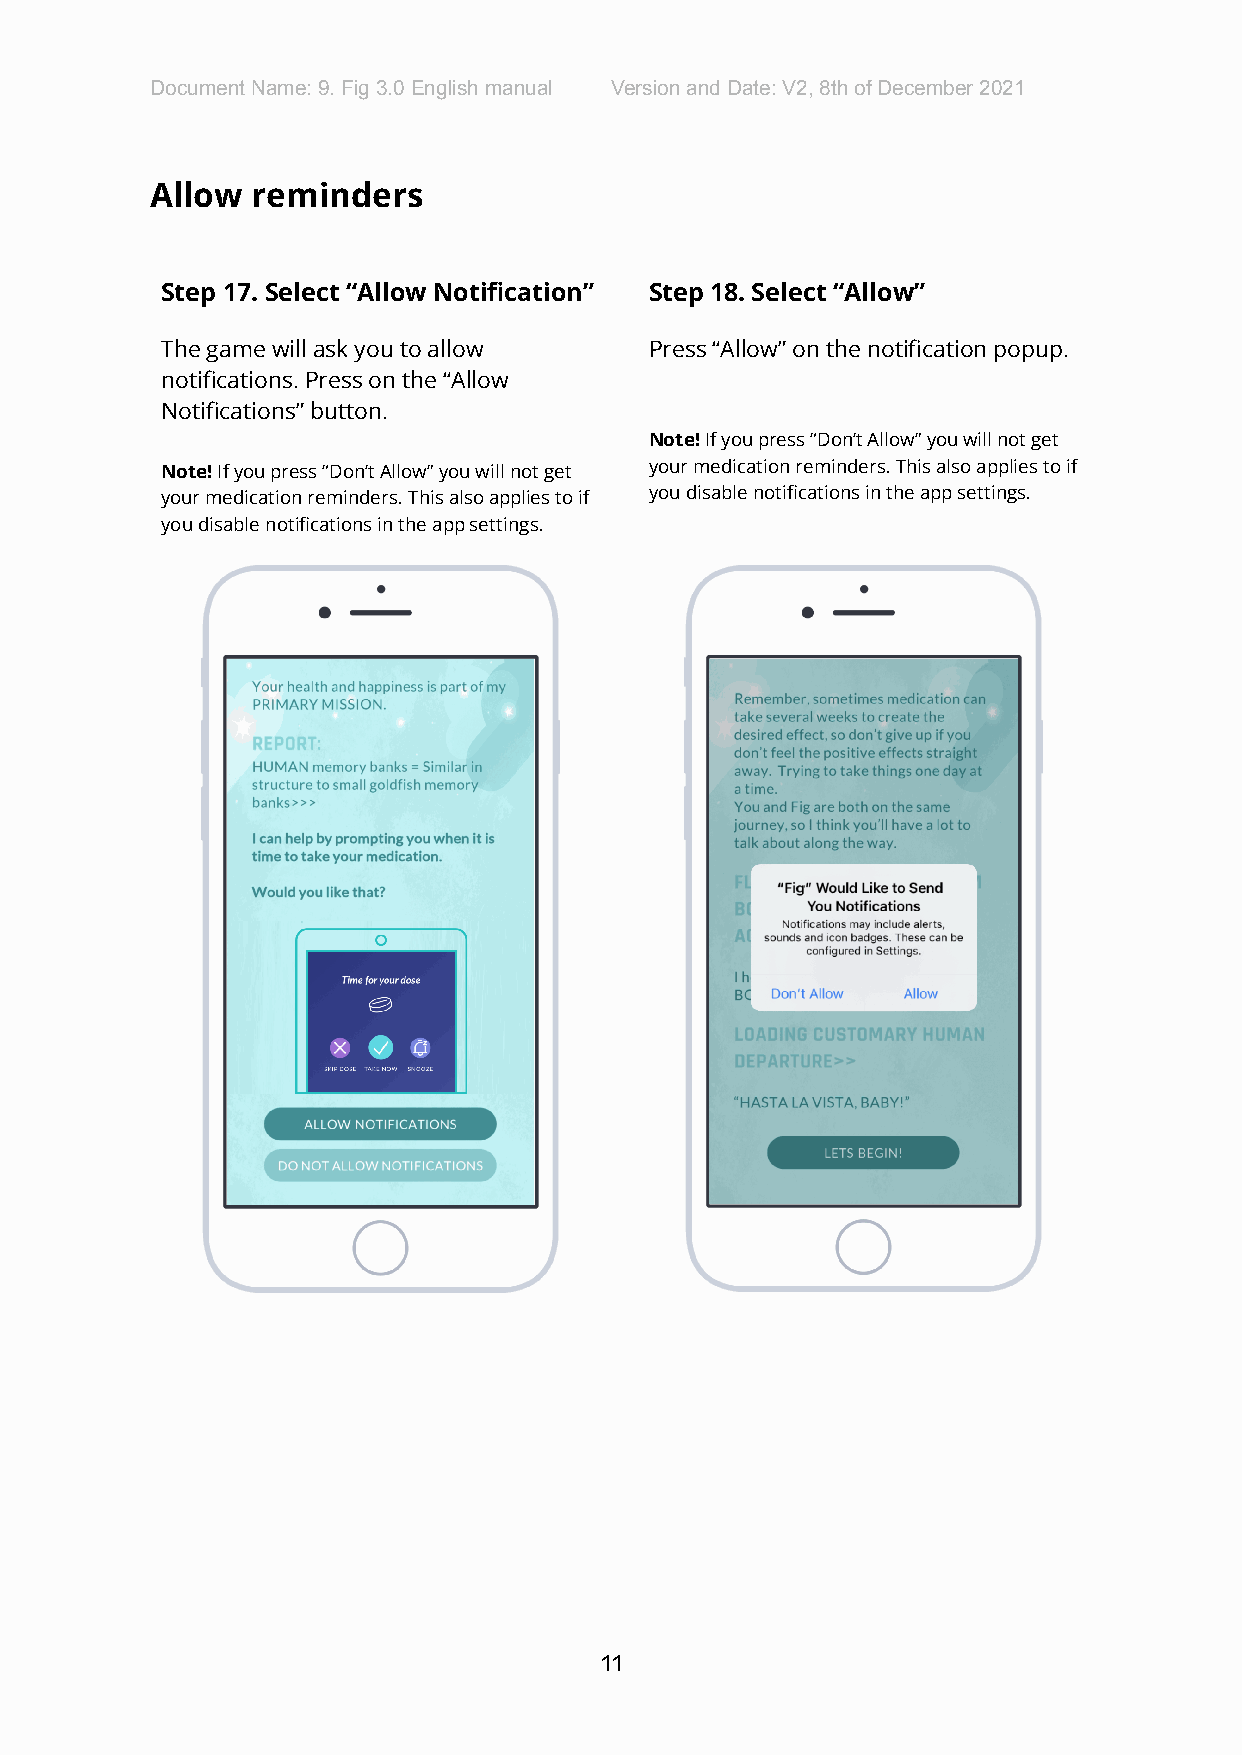
Document Name: 9. Fig 3.0 English manual Version and Date: V2, 8th of December 2021
 Allow  reminders
 Step 17. Select “Allow Notification” Step 18. Select “Allow”
 The game will ask you to allow  Press “Allow” on the notification popup.
 notifications. Press on the “Allow
 Notifications” button.
 Note!If you press “Don’t Allow” you will not get
 Note!If you press “Don’t Allow” you will not get your medication reminders. This also applies to if
 your medication reminders. This also applies to if you disable notifications in the app settings.
 you disable notifications in the app settings.
 11